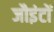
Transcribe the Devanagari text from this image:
जौइंटों